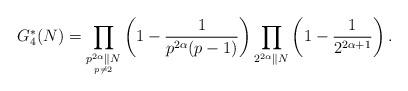
LaTeX: \begin{align*}G^*_4(N)&=\prod_{\underset{p\neq 2}{p^{2\alpha}\parallel N}}\left(1-\frac{1}{p^{2\alpha}(p-1)}\right)\prod_{2^{2\alpha}\parallel N}\left(1-\frac{1}{2^{2\alpha+1}}\right).\end{align*}